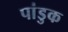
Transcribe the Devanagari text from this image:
पांडुक